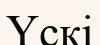
Үскі